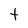
Character: t